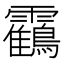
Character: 靍